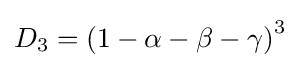
D_{3}=\left(1-\alpha -\beta -\gamma \right)^{3}